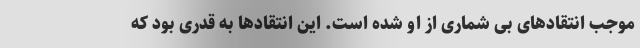
موجب انتقادهای بی شماری از او شده است. این انتقادها به قدری بود که